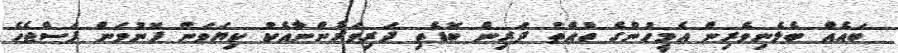
ބައެއް ބެލެނިވެރިން އެމީހުންގެ ތުއްތު ދަރިން ބޮޑެތި ދަރިވަރުންނާއެކު ކިޔަވަން ފޮނުވަން ފަސްޖެހެ